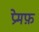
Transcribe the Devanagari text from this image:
प्रेमफ़